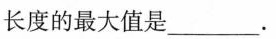
长度的最大值是___.